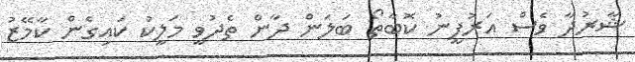
ޝާރުދާ ވެސް އަރުފީނު ކޮބާތޯ ބަލަން ދާން ތެދުވީ މަލީކު ކައިގެން ކާމޭޒު